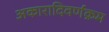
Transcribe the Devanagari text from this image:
अकारादिवर्णक्रम